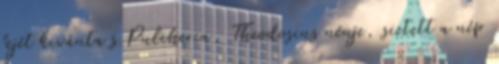
fejét kivánta s Pulcheria, Theodosius nénje, sietett a nép